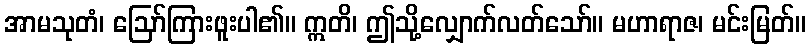
အာမသုတံ၊ ဩော်ကြားဖူးပါ၏။ ဣတိ၊ ဤသို့လျှောက်လတ်သော်။ မဟာရာဇ၊ မင်းမြတ်။